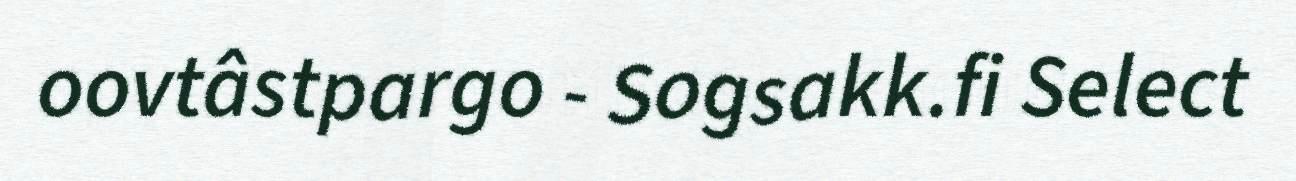
oovtâstpargo - Sogsakk.fi Select